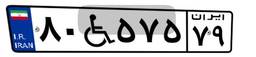
۸۰W۵۷۵۷۹